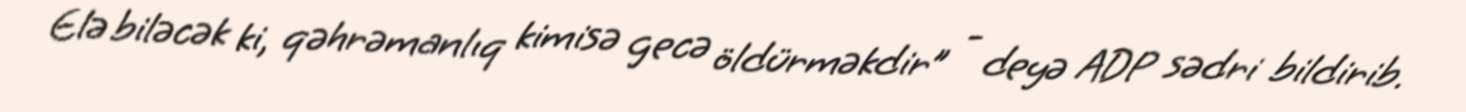
Elə biləcək ki, qəhrəmanlıq kimisə gecə öldürməkdir” - deyə ADP sədri bildirib.